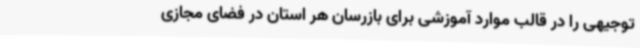
توجیهی را در قالب موارد آموزشی برای بازرسان هر استان در فضای مجازی